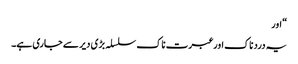
“ اور
یہ درد ناک اور عبرت ناک سلسلہ بڑی دیر سے جاری ہے۔